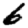
Digit: 6